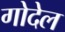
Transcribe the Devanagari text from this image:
गोदेल